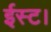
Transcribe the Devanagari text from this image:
ईस्ट।